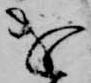
を